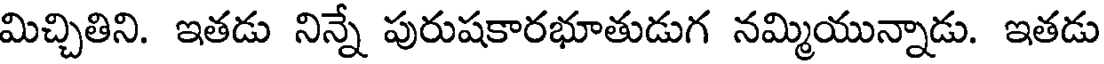
మిచ్చితిని. ఇతడు నిన్నే పురుషకారభూతుడుగ నమ్మియున్నాడు. ఇతడు